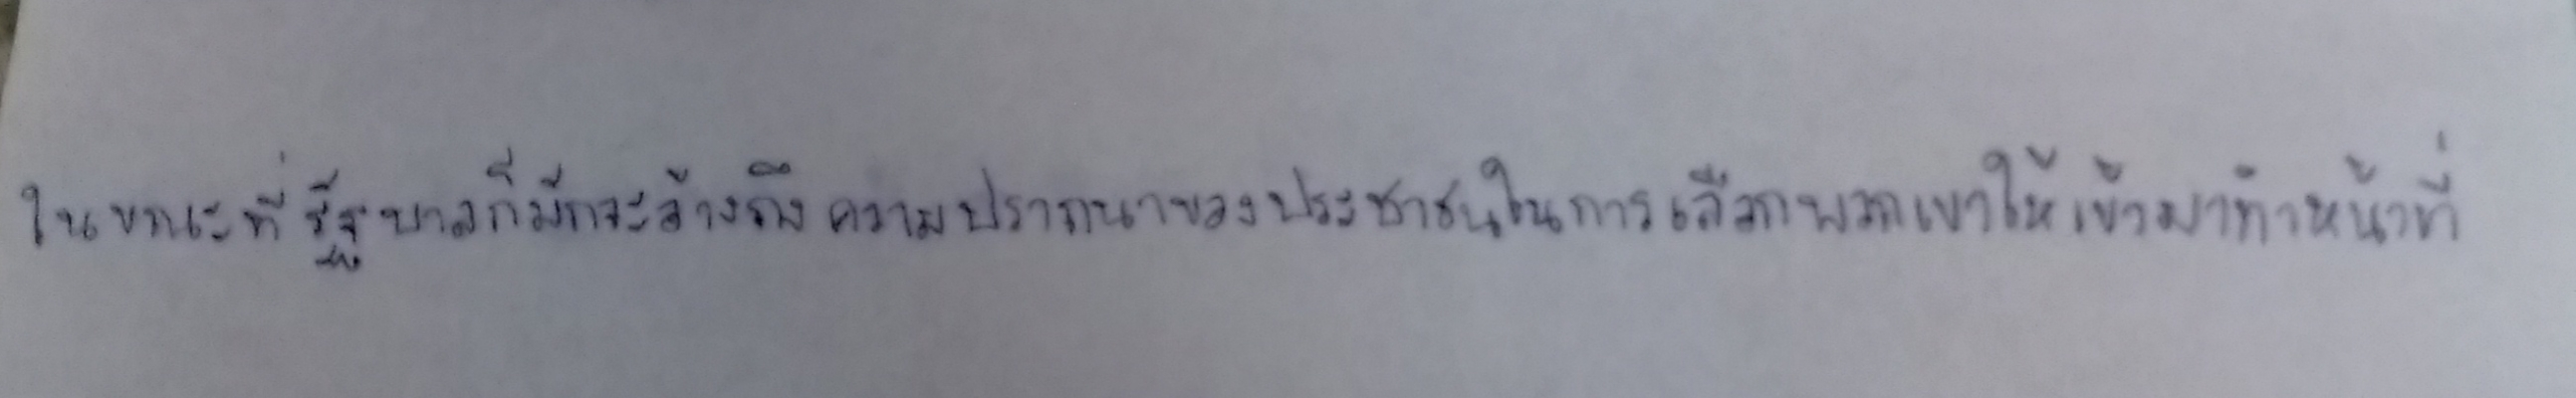
ในขณะที่รัฐบาลก็มักจะอ้างถึงความปรารถนาของประชาชนในการเลือกพวกเขาให้เข้ามาทำหน้าที่